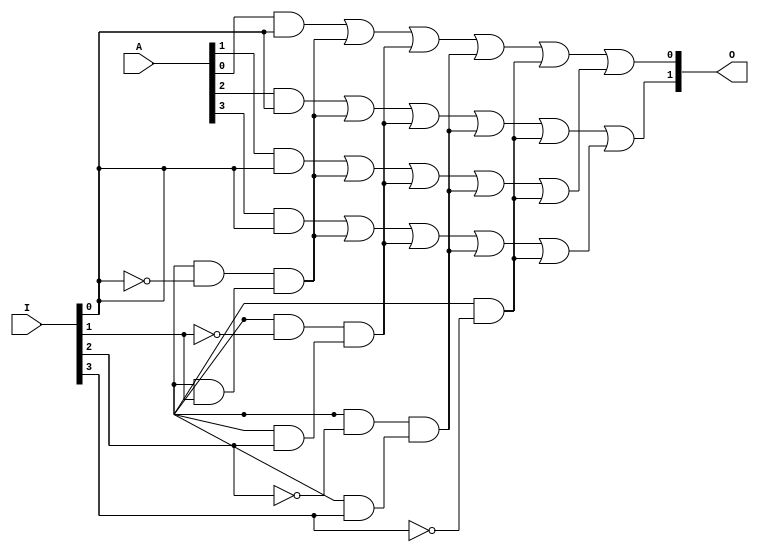
module GAL (
    input wire [N-1:0] I,      // Input lines (N inputs)
    input wire [M-1:0] A,      // AND gate select lines (M AND gates)
    output wire [P-1:0] O      // Output lines (P outputs)
);
    parameter N = 4;           // Number of inputs
    parameter M = 4;           // Number of AND gates
    parameter P = 2;           // Number of outputs

    // Internal signal for AND gate outputs
    wire [M-1:0] and_out;

    // AND Plane
    genvar i;
    generate
        for (i = 0; i < M; i = i + 1) begin : and_plane
            assign and_out[i] = (A[i] & I[0]) | (A[i + M] & ~I[0]) & 
                                 (A[i + 2*M] & I[1]) | (A[i + 3*M] & ~I[1]) &
                                 (A[i + 4*M] & I[2]) | (A[i + 5*M] & ~I[2]) &
                                 (A[i + 6*M] & I[3]) | (A[i + 7*M] & ~I[3]);
        end
    endgenerate

    // OR Plane
    assign O[0] = and_out[0] | and_out[1]; // Example for output 0
    assign O[1] = and_out[2] | and_out[3]; // Example for output 1

endmodule